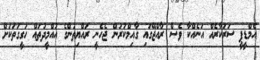
އެމްޑީޕީ ސަރުކާރެއް އަނެއްކާ ވެސް ރާއްޖޭގައި ގާއިމްކުރަން ޖެހެނީ ރައްޔިތުންގެ އުއްމީދުތައް ހަގީގަތަކަށް